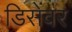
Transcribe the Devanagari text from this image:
डिसेंवर